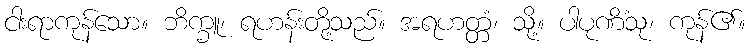
ငါးရာကုန်သော။ ဘိက္ခူ၊ ရဟန်းတို့သည်။ အရဟတ္တံ၊ သို့။ ပါပုဏိံသု၊ ကုန်၏။